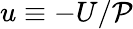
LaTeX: u\equiv-U/\mathcal{P}